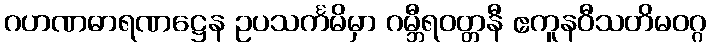
ဂဟဏဓာရဏဋ္ဌေန ဥပသင်္ကမိမှာ ဂမ္ဘီရဝတ္တနီ ဧကူနဝီသတိမဝဂ္ဂ